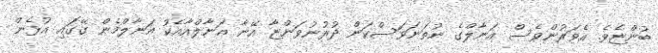
ބުންޏެވެ. އެވަރުންވެސް އަނާލްގެ ނުތަނަވަސްކަން ދުރުނުވަންޏާ އޭނާ އަނާލްއާއެކު އަނާލްމެން ގޭގައި އުޅެން